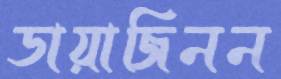
ডায়াজিনন